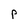
Character: P